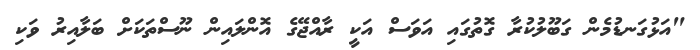
"އަޅުގަނޑުމެން ގަބޫލުކުރާ ގޮތުގައި އަވަސް އަކީ ރާއްޖޭގެ އޮންލައިން ނޫސްތަކަށް ބަލާއިރު ވަކި